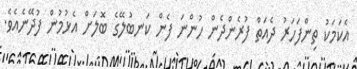
އެކަމަކު ތިންފަހަރު ދެއަތް ފުރެންދެން ހުންނަ ފެން ކަނބުލޭގެ ބޮލަށް އެޅުމުން ފުދޭނެއެވެ.